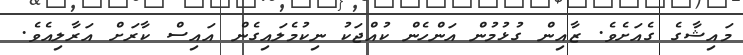
މައިޝާގެ ގެއަށެވެ. ޒާއިން ގުޅުމުން އަންހެން ކުއްޖަކު ނިކުމެލައިގެން އައިސް ކާރަށް އަރާލިއެވެ.